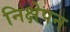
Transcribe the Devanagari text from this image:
निक्षेपन